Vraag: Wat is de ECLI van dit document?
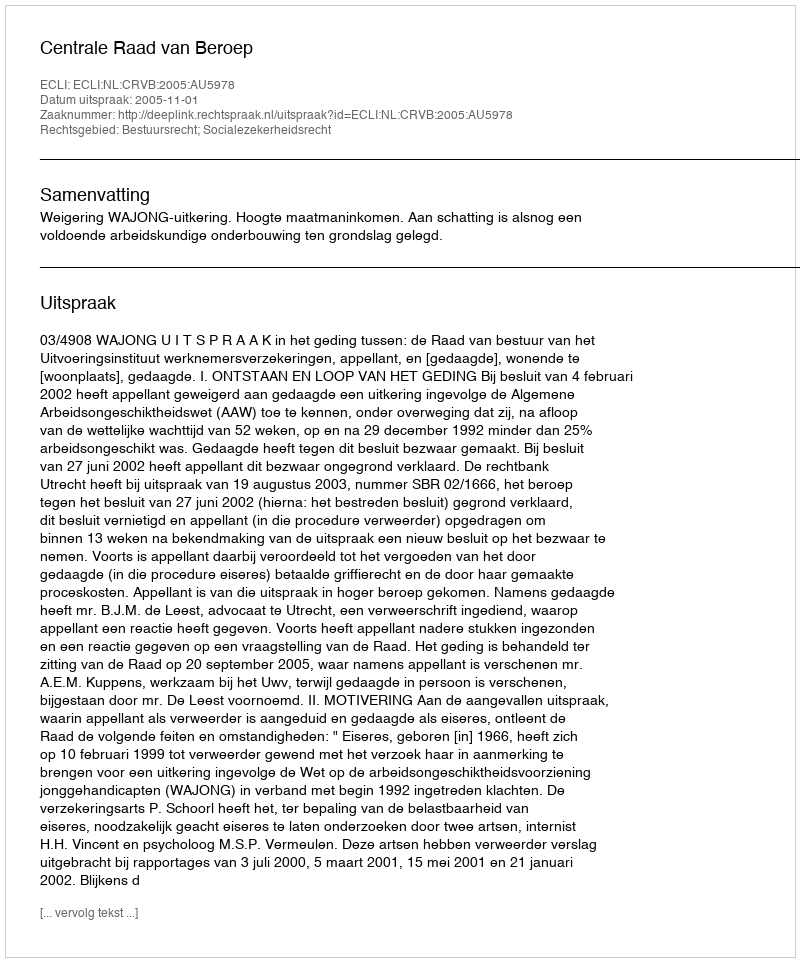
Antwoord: ECLI:NL:CRVB:2005:AU5978